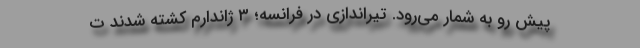
پیش رو به شمار می‌رود. تیراندازی در فرانسه؛ ۳ ژاندارم کشته شدند ت